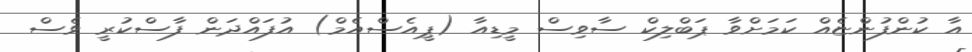
އާ ކުންފުންޏެއް ކަމަށްވާ ޕަބްލިކް ސާވިސް މީޑިއާ (ޕީއެސްއެމް) އުފައްދަން ފާސްކުރީ ވެސް